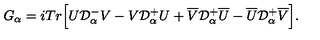
G _ { \alpha } = i T r \Big [ U { \cal D } _ { \alpha } ^ { - } V - V { \cal D } _ { \alpha } ^ { + } U + \overline { V } { \cal D } _ { \alpha } ^ { + } \overline { U } - \overline { U } { \cal D } _ { \alpha } ^ { + } \overline { V } \Big ] .